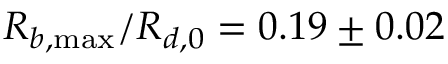
R _ { b , \operatorname* { m a x } } / R _ { d , 0 } = 0 . 1 9 \pm 0 . 0 2